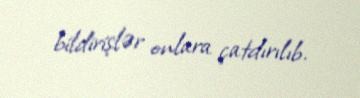
bildirişlər onlara çatdırılıb.